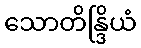
သောတိန္ဒြိယံ